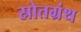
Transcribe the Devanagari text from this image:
स्रोतग्रंथ